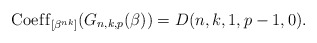
\begin{gather*}{\rm Coef\/f}_{[\beta^{nk}]}(G_{n,k,p}(\beta)) = D(n,k,1,p-1,0).\end{gather*}